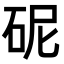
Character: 𪿗